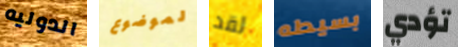
الدوليه لموضوع لقد بسيطه تؤدي